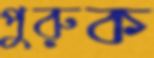
পুরুক